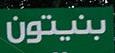
بنيتون